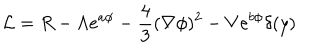
{ \cal L } = R - \Lambda e ^ { a \phi } - \frac { 4 } { 3 } ( \nabla \phi ) ^ { 2 } - V e ^ { b \phi } \delta ( y )